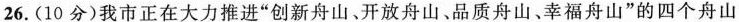
26.（10分）我市正在大力推进“创新舟山、开放舟山、品质舟山、幸福舟山”的四个舟山